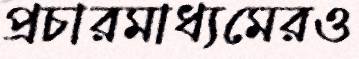
প্রচারমাধ্যমেরও